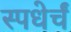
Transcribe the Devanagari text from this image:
स्पधेर्चं